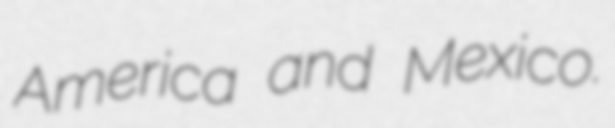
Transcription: America and Mexico.